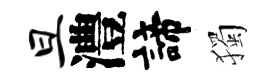
旦澧諦獨